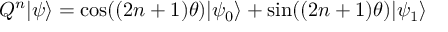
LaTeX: Q ^ { n } | \psi \rangle = \cos ( ( 2 n + 1 ) \theta ) | \psi _ { 0 } \rangle + \sin ( ( 2 n + 1 ) \theta ) | \psi _ { 1 } \rangle